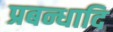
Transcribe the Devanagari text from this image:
प्रबन्धादि